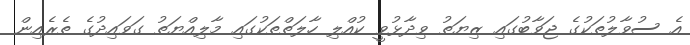
އެ ސުވާލުތަކުގެ ޖަވާބުގައި ޒިޔަތު ވިދާޅުވީ ކުއްލި ހާލަތްތަކުގައި މާލިއްޔަތު ގަވައިދުގެ ތެރެއިން